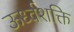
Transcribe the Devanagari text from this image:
ऊर्ध्वशक्ति